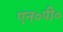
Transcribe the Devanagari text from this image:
एन०पी०